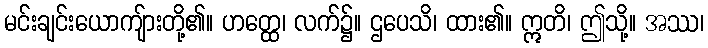
မင်းချင်းယောကျ်ားတို့၏။ ဟတ္ထေ၊ လက်၌။ ဌပေသိ၊ ထား၏။ ဣတိ၊ ဤသို့။ အဿ၊